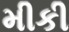
મીકી